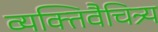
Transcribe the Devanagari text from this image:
व्यक्तिवैचित्र्य